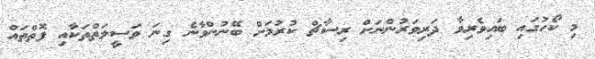
މި ކޯހުގައި ބައިވެރިވާ ދަރިވަރުންނަށް ރިސާޗް ކުރުމަށް ބޭނުންވާނެ ގިނަ ވަސީލަތްތަކާއި ފޮތްތައް